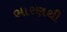
ભારણથી